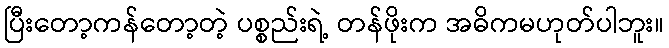
ပြီးတော့ကန်တော့တဲ့ ပစ္စည်းရဲ့ တန်ဖိုးက အဓိကမဟုတ်ပါဘူး။